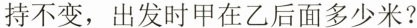
持不变，出发时甲在乙后面多少米?